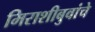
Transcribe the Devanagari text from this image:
मिराशीबुवांचे